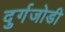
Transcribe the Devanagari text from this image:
दुर्गजोडी